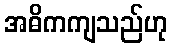
အဓိကကျသည်ဟု